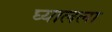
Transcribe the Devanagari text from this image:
घ्यालला